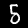
Label: 5